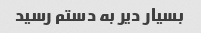
بسیار دیر به دستم رسید